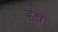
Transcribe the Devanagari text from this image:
हंच